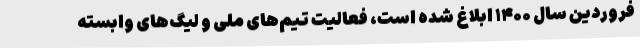
فروردین سال ۱۴۰۰ ابلاغ شده است، فعالیت تیم‌های ملی و لیگ‌های وابسته